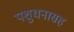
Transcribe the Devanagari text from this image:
पशुधनासह